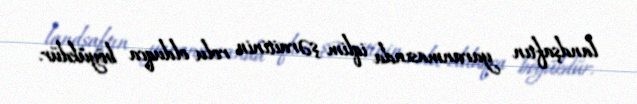
landşaftın yaranmasında iqlim şəraitinin rolu olduqca böyükdür.